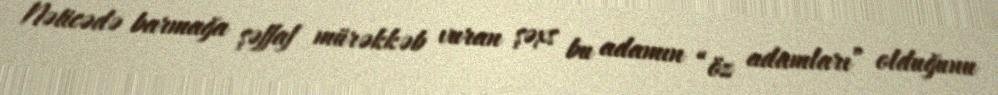
Nəticədə barmağa şəffaf mürəkkəb vuran şəxs bu adamın “öz adamları” olduğunu